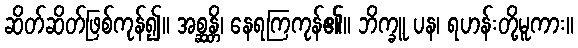
ဆိတ်ဆိတ်ဖြစ်ကုန်၍။ အစ္ဆန္တိ၊ နေရကြကုန်၏။ ဘိက္ခူ ပန၊ ရဟန်းတို့မူကား။